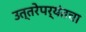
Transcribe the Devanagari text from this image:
उत्तरेपर्यंतचा